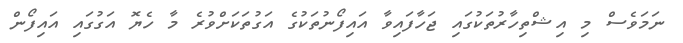
ނަމަވެސް މި އިޝްތިހާރުތަކުގައި ޖަހާފައިވާ އައިފޯނުތަކުގެ އަގުތަކަށްވުރެ މާ ހެޔޮ އަގުގައި އައިފޯން